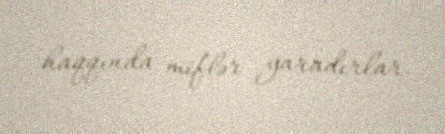
haqqında miflər yaradırlar.